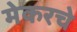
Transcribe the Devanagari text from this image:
मेकरचे